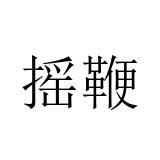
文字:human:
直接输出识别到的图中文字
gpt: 摇鞭